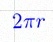
2\pi r